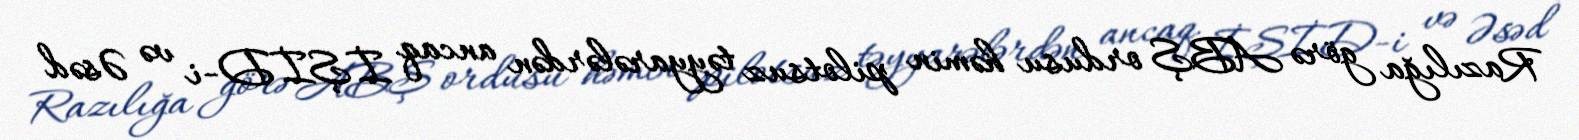
Razılığa görə ABŞ ordusu həmin pilotsuz təyyarələrdən ancaq İŞİD-i və Əsəd